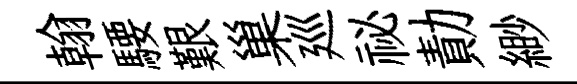
翰騕艱巢廵祕勣緲